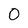
Character: 0